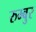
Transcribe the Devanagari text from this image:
रुम्बुर